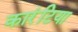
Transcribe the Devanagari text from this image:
कारंटिया